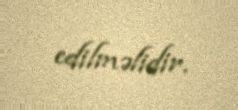
edilməlidir.